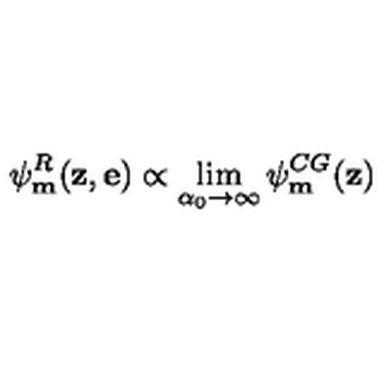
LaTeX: \psi _ { \bf m } ^ { R } ( { \bf z } , { \bf e } ) \propto \lim _ { \alpha _ { 0 } \rightarrow \infty } \psi _ { \bf m } ^ { C G } ( { \bf z } )